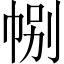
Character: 𢃉